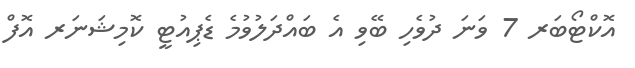
އޮކްޓޯބަރ 7 ވަނަ ދުވެހި ބޭވި އެ ބައްދަލުވުމެ ޑެޕިއުޓީ ކޮމިޝަނަރ އޮފް